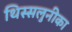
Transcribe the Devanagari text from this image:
थिस्सलुनीका